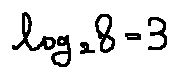
\log _ { 2 } 8 = 3